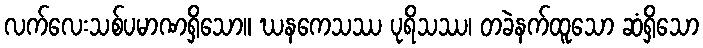
လက်လေးသစ်ပမာဏရှိသော။ ဃနကေသဿ ပုရိသဿ၊ တခဲနက်ထူသော ဆံရှိသော